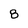
Character: 8